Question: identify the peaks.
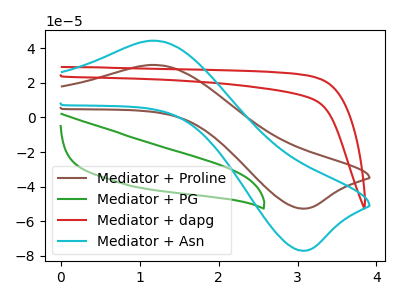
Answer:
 <answer>The brown curve "Mediator + Proline" has an anodic peak at (1.15V, 30.30uA) and a cathodic peak at (3.05V, -52.65uA). The green curve "Mediator + PG" has no peaks. The red curve "Mediator + dapg" has no peaks. The cyan curve "Mediator + Asn" has an anodic peak at (1.15V, 44.30uA) and a cathodic peak at (3.05V, -77.00uA).</answer>
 <eval></eval>